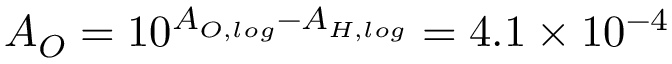
A _ { O } = 1 0 ^ { A _ { O , l o g } - A _ { H , l o g } } = 4 . 1 \times 1 0 ^ { - 4 }